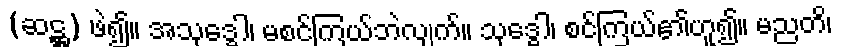
(ဆဋ္ဌ) ဖဲ၍။ အသုဒ္ဓေါ၊ မစင်ကြယ်ဘဲလျက်။ သုဒ္ဓေါ၊ စင်ကြယ်၏ဟူ၍။ မညတိ၊